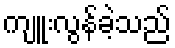
ကျူးလွန်ခဲ့သည်